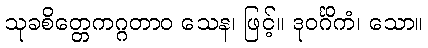
သုခစိတ္တေကဂ္ဂတာဝ သေန၊ ဖြင့်။ ဒုဝင်္ဂိကံ၊ သော။